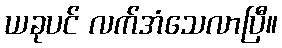
ယခုပင် လက်အံသေလာပြီ။